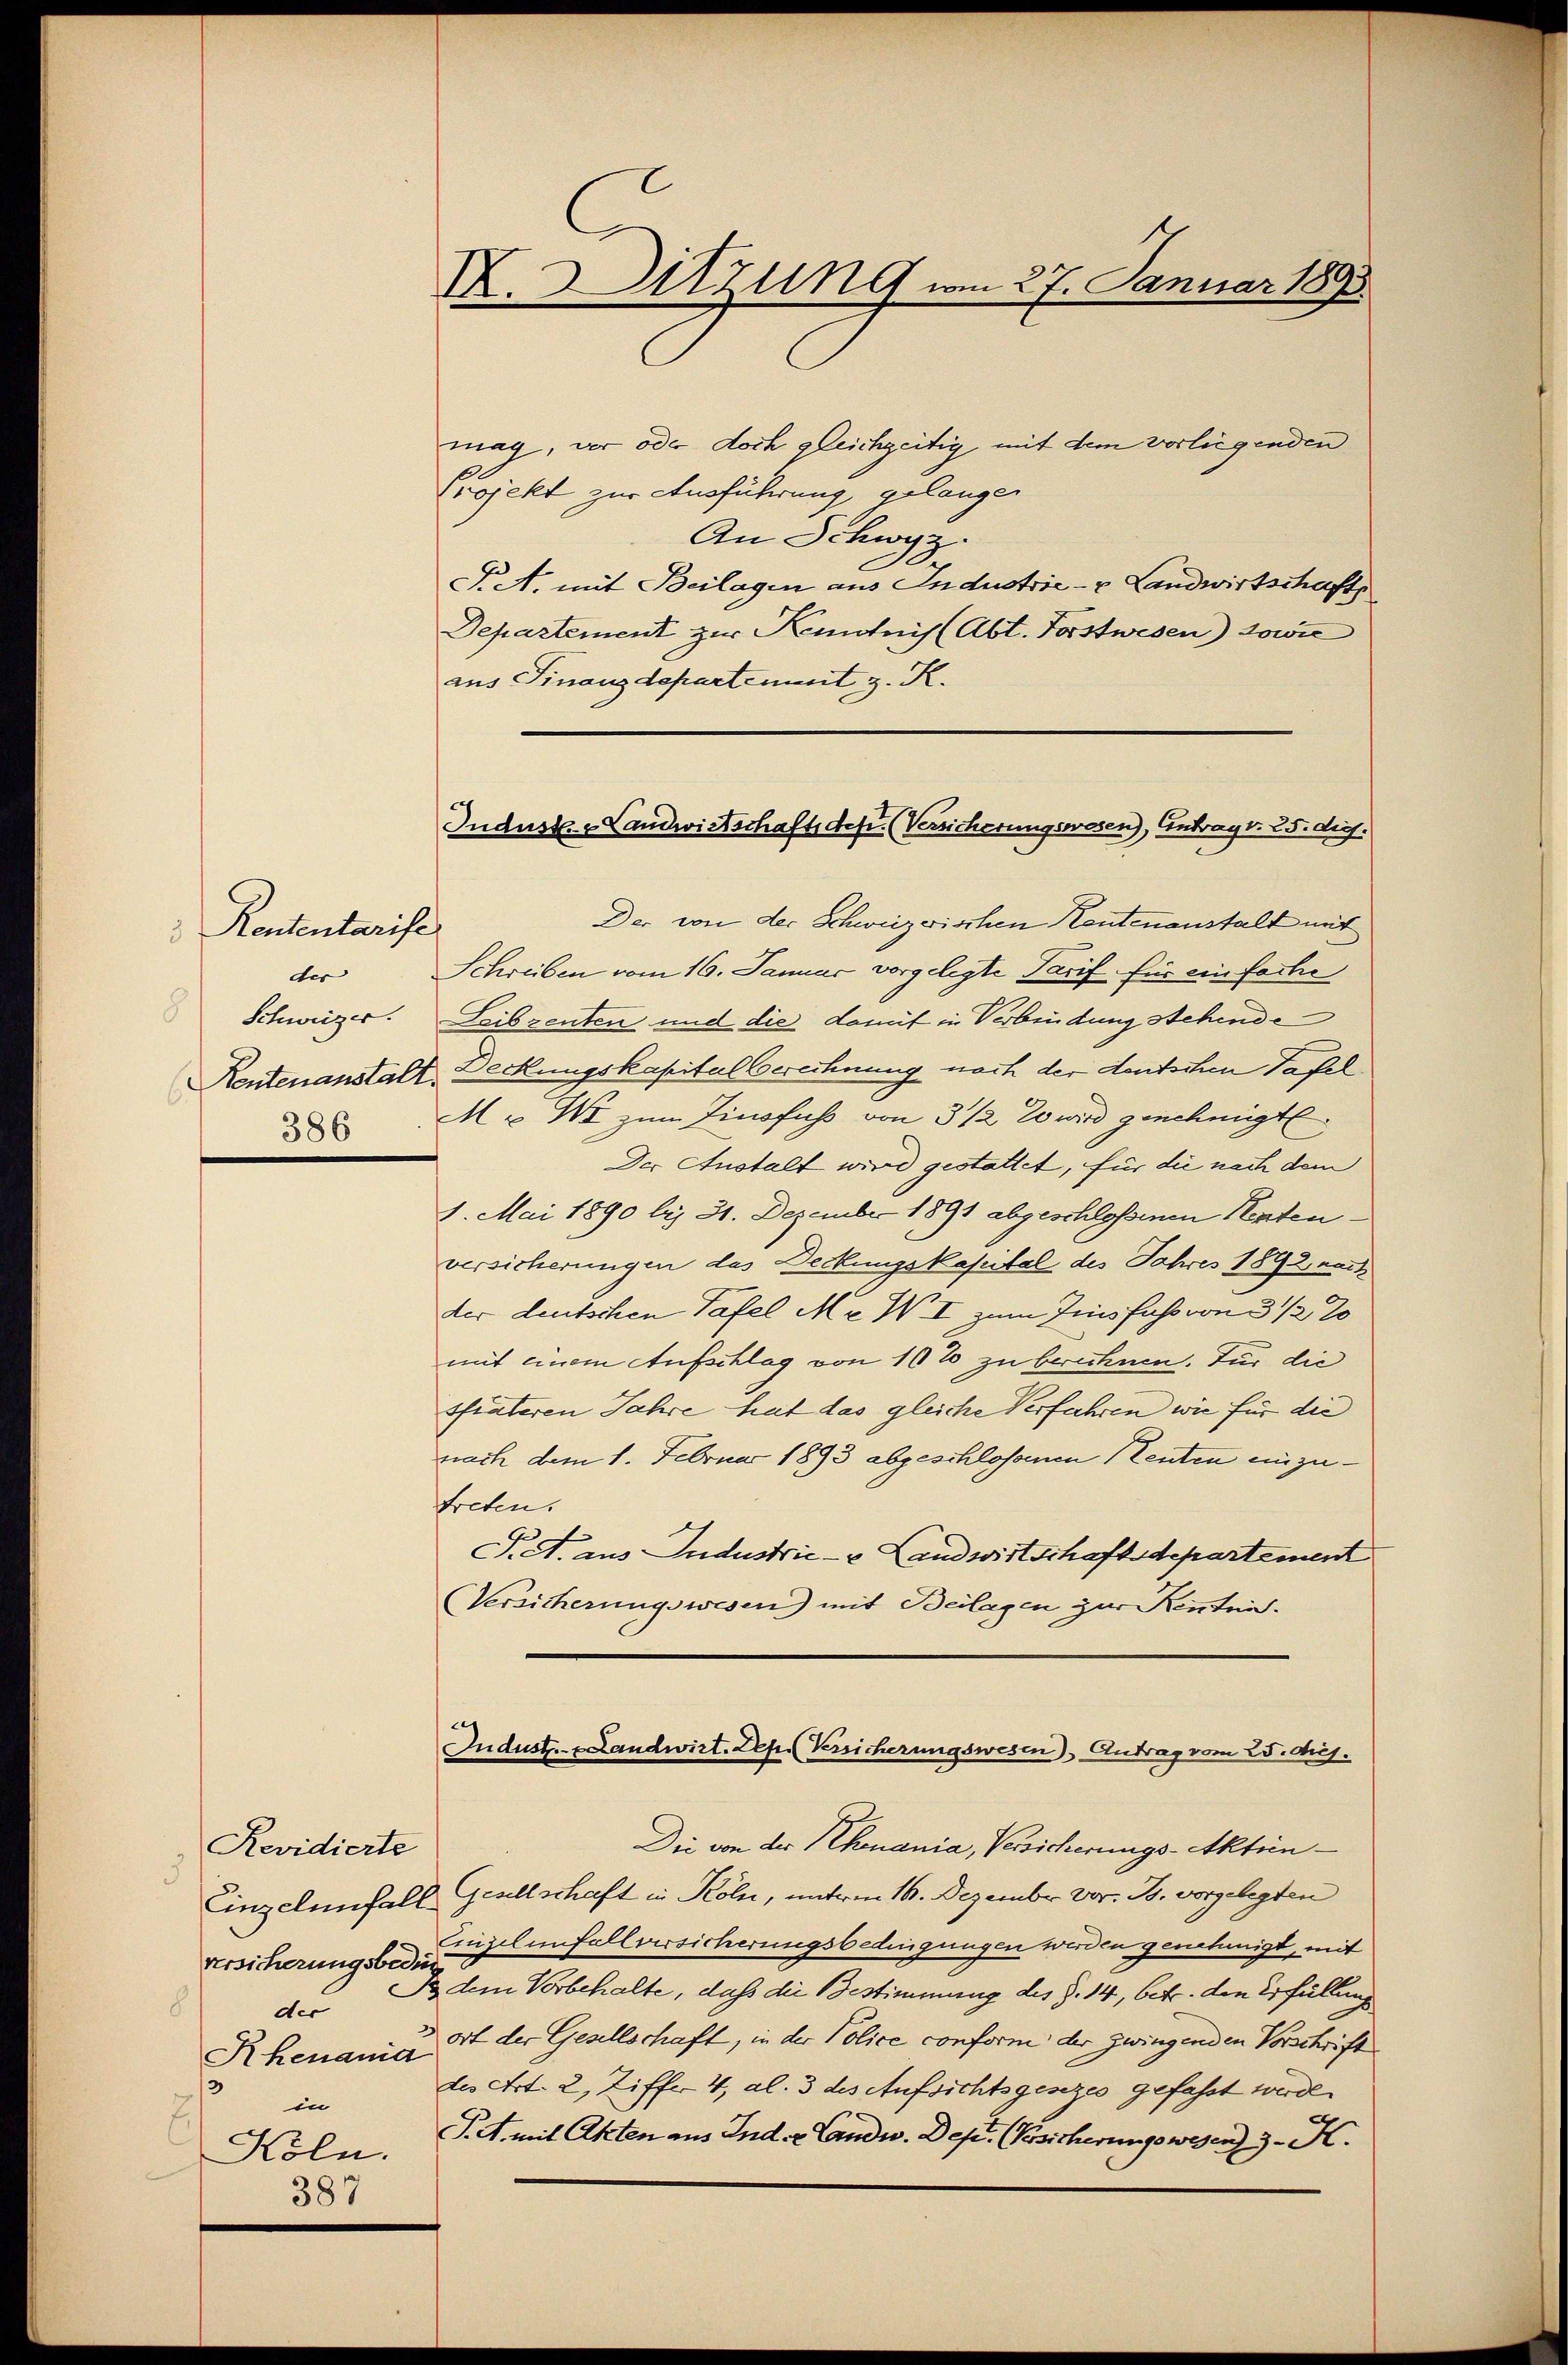
Rententarise
der |
386

Revidierte
5
versicherungsbedin
der
Rhenand
 in
387

X. Sitzung am 27. Januar 1893

mag, vor oder doch gleichzeitig mit dem vorliegenden
Projekt zur Ausführung gelangen
An Schwyz.
. A. mit Beilagen aus Industrie - u Landwirtschaft
Departement zur Kenntnis (Abt. Forstwesen) sowie
aus Finanzdepartement z. R.
Der von der Schweizerischen Heutenanstalt mit
Schreiben vom 16. Januar vorgelegte Tarif für einfache
Schweizer. Leibzenten und die damit in Verbindung stehende
Reutenanstalt Deckungskapital Berechnung nach der deutschen Tafel
Mr II zum Zinsfuss von 3 1/2 % wird genehmigt.
Der Anstalt wird gestattet, für die nach dem
1. Mai 1890 bis 31. Dezember 1891 abgeschlossenen Rentenversicherungen das Deckungskapital des Jahres 1892, nach
der deutschen Tafel Me W. I zum Zinsfuss von 3 1/2 20
mit einem Aufschlag von 10% zu berechnen. Für die
thäteren Jahre hat das gleiche Verfahren wie für die
nach dem 1. Februar 1893 abgeschlossenen enten einzutreten.
Siet. aus Industrie- & Landwirtschaftsdepartement
(Versicherungswesen) mit Beilagen zur Renten.
Industr. Landwirt. Dep. Kreicherungswesen), Antrag vom 25. ds.
Die von der Rhonania, Versicherungs-Aktien¬
Einzelnnfall Gesellschaft in Köln, unterm 16. Dezember vor. Js. vorgelegten
Einzelenfallversicherungsbedingungen werden genehmigt, mit
13 dem Vorbehalte, daß die Bestimmung des §. 14, betr. den Erfüllung
wort der Gesellschaft, in der Police conform der zwingenden Vorschrift
des Art. 2, Ziff. 4, Al. 3 des Aufsichtsgenzes gefasst werde.
Köln. P. mit Akten aus Inder Landw. Dep. (Posicherungswegen 3. K.

Induste Landwirtschaftsdefi. (Versicherungswesen), Eintrag/Antrag v. 25. dich.